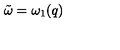
{ \tilde { \omega } } = \omega _ { 1 } ( q )